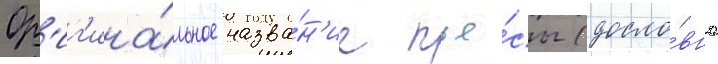
Ор'иг'ина́льное назва́н'ие пье́сы (досло́вно